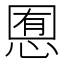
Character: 𢜹